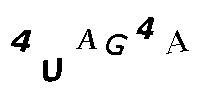
4UAG4A